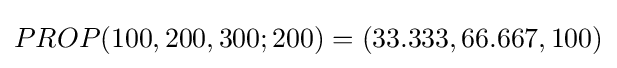
PROP(100,200,300;200)=(33.333,66.667,100)